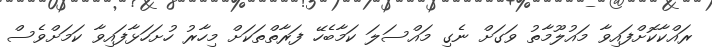
ރައްކާކޮށްފައިވާ މައުލޫމާތު ވަގަށް ނެގި މައްސަލަ ކަމާބެހޭ ފަރާތްތަކަށް މިހާރު ހުށަހަޅާފައިވާ ކަމަށްވެސް